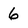
Character: 6